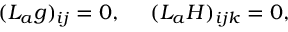
( { \cal L } _ { a } g ) _ { i j } = 0 , \ \ \ \ ( { \cal L } _ { a } H ) _ { i j k } = 0 ,